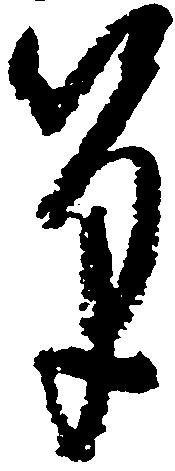
筆